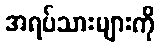
အရပ်သားများကို